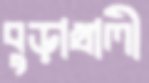
বুড়াখালী